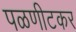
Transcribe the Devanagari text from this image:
पळणीटकर